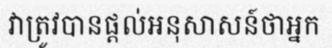
វាត្រូវបានផ្តល់អនុសាសន៍ថាអ្នក